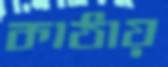
কাঠায়